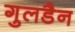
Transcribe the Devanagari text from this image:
गुलडैन